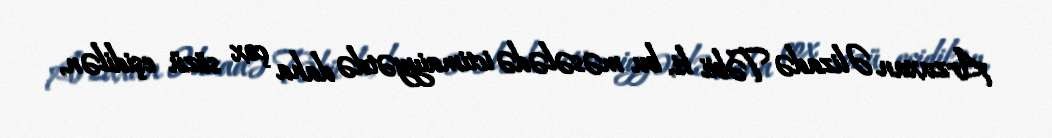
Arzuxan Əlizadə Təbii ki, bu məsələdə ictimaiyyətdə daha çox sözü eşidilən,